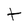
Character: t